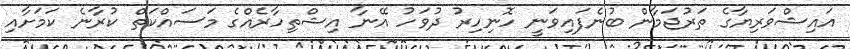
އައިޝްވަރިޔާގެ ތަރުޖަމާން ބުނެފައިވަނީ ހޮނިހިރު ދުވަހު އޭނާ އިޝްތިހާރެއްގެ މަސައްކަތް ކުރާނެ ކަމަށާއި